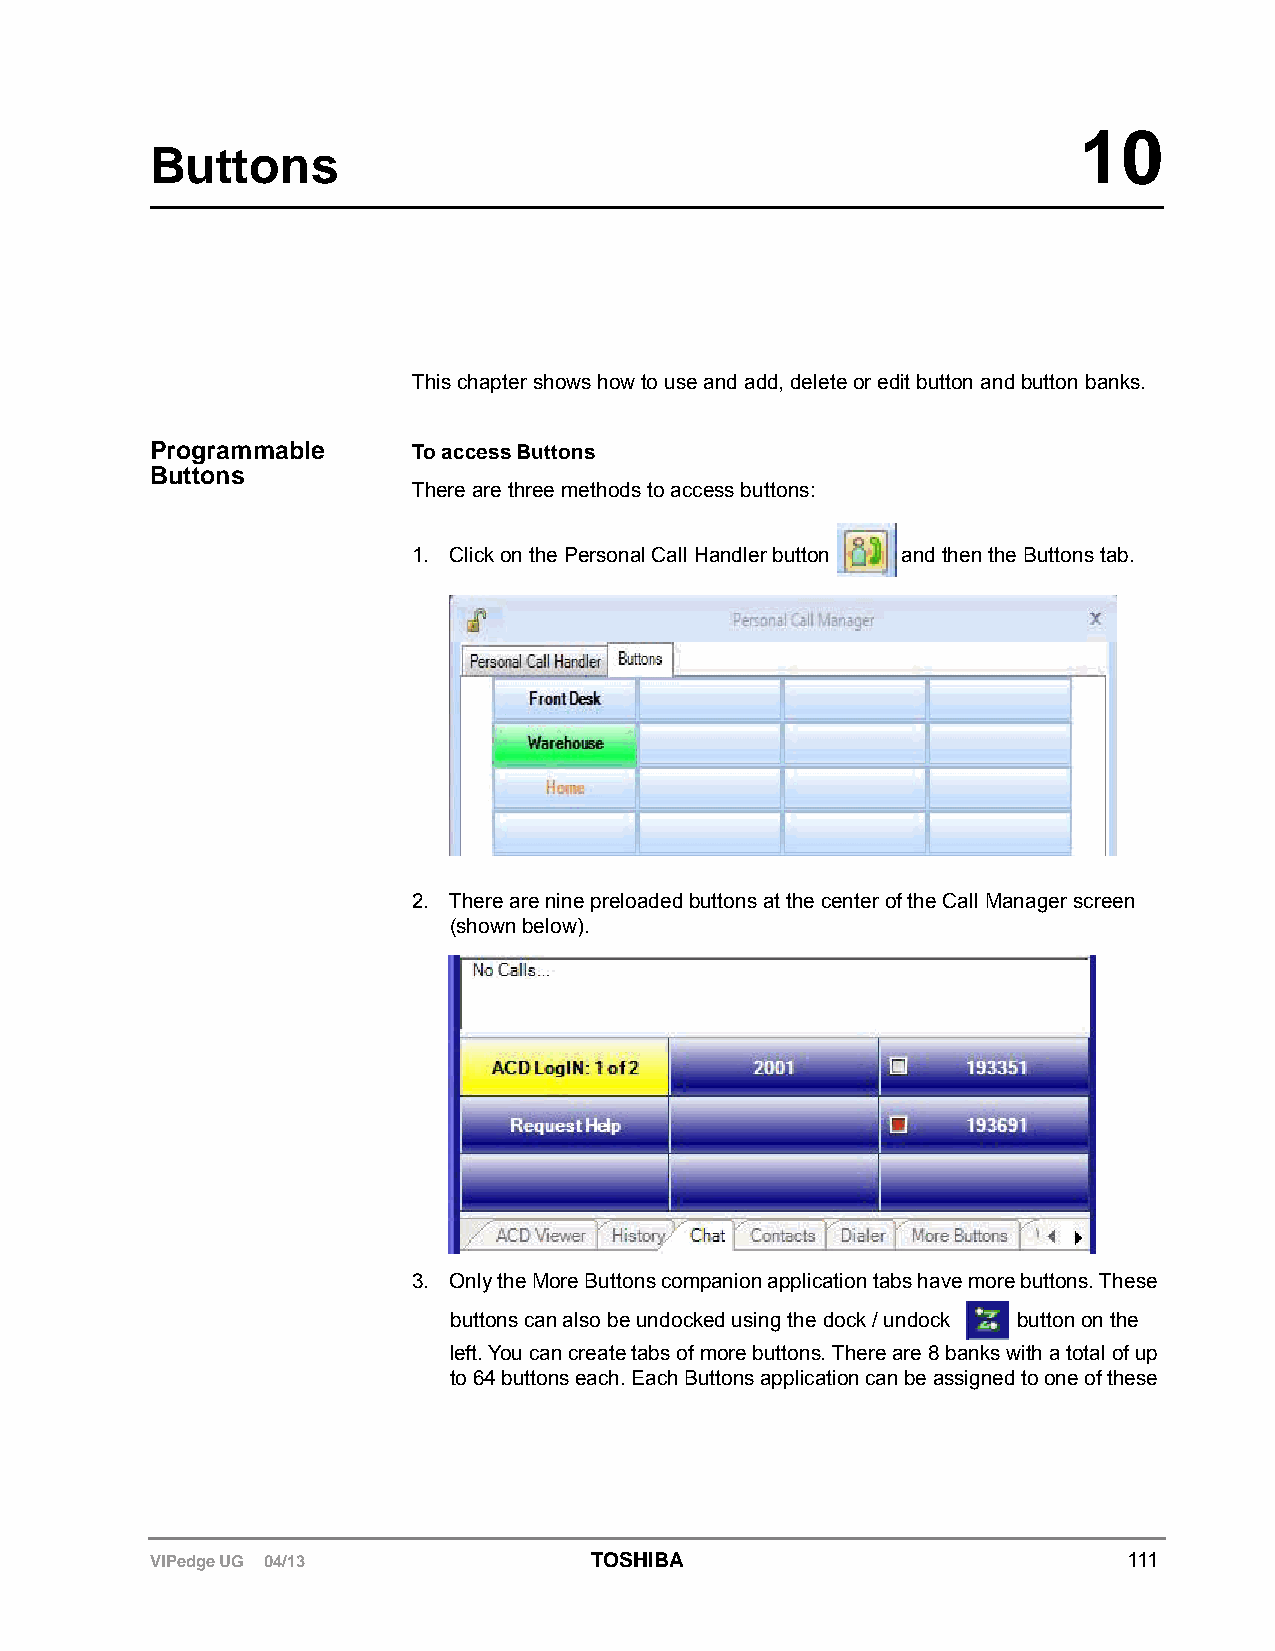
10
 Buttons
 This chapter shows how to use and add, delete or edit button and button banks.
 Programmable     To access Buttons
 Buttons
 There are three methods to access buttons:
 1. Click on the Personal Call Handler button and then the Buttons tab.
 2. There are nine preloaded buttons at the center of the Call Manager screen
 (shown below).
 3. Only the More Buttons companion application tabs have more buttons. These
 buttons can also be undocked using the dock / undock button on the
 left. You can create tabs of more buttons. There are 8 banks with a total of up
 to 64 buttons each. Each Buttons application can be assigned to one of these
 VIPedge UG 04/13             TOSHIBA                             111